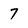
Character: 7